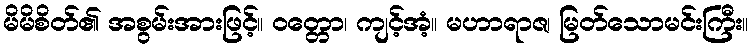
မိမိစိတ်၏ အစွမ်းအားဖြင့်။ ဝတ္တော၊ ကျင့်အံ့။ မဟာရာဇ၊ မြတ်သောမင်းကြီး။